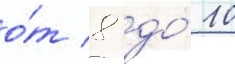
о́т 8 до́ 10